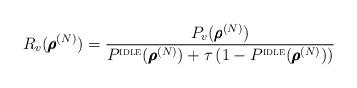
LaTeX: \begin{align*} R_v(\pmb{\rho}^{(N)}) = \frac{P_v (\pmb{\rho}^{(N)})}{P^{\textsc{idle}} (\pmb{\rho}^{(N)}) + \tau \left (1 - P^{\textsc{idle}} (\pmb{\rho}^{(N)}) \right) }\end{align*}